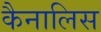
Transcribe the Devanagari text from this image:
कैनालिस